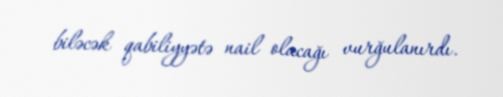
biləcək qabiliyyətə nail olacağı vurğulanırdı.